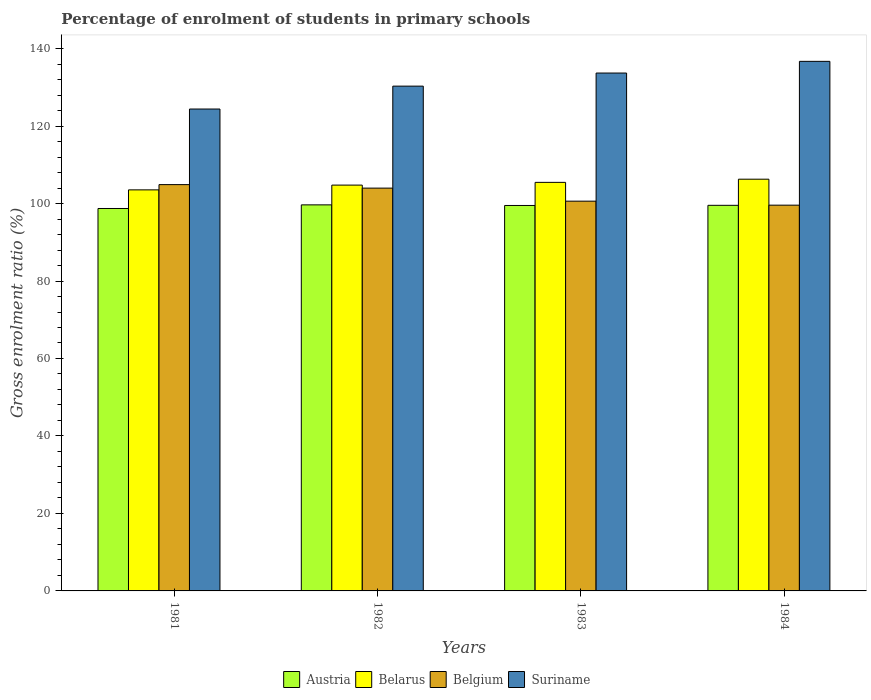
| Years | Austria | Belarus | Belgium | Suriname |
 | --- | --- | --- | --- | --- |
 | 1981 | 98.7 | 104 | 105 | 124 |
 | 1982 | 99.7 | 105 | 104 | 130 |
 | 1983 | 99.5 | 105 | 101 | 134 |
 | 1984 | 99.5 | 106 | 99.6 | 137 |